Voisiku_vallavalitsus, lk 40
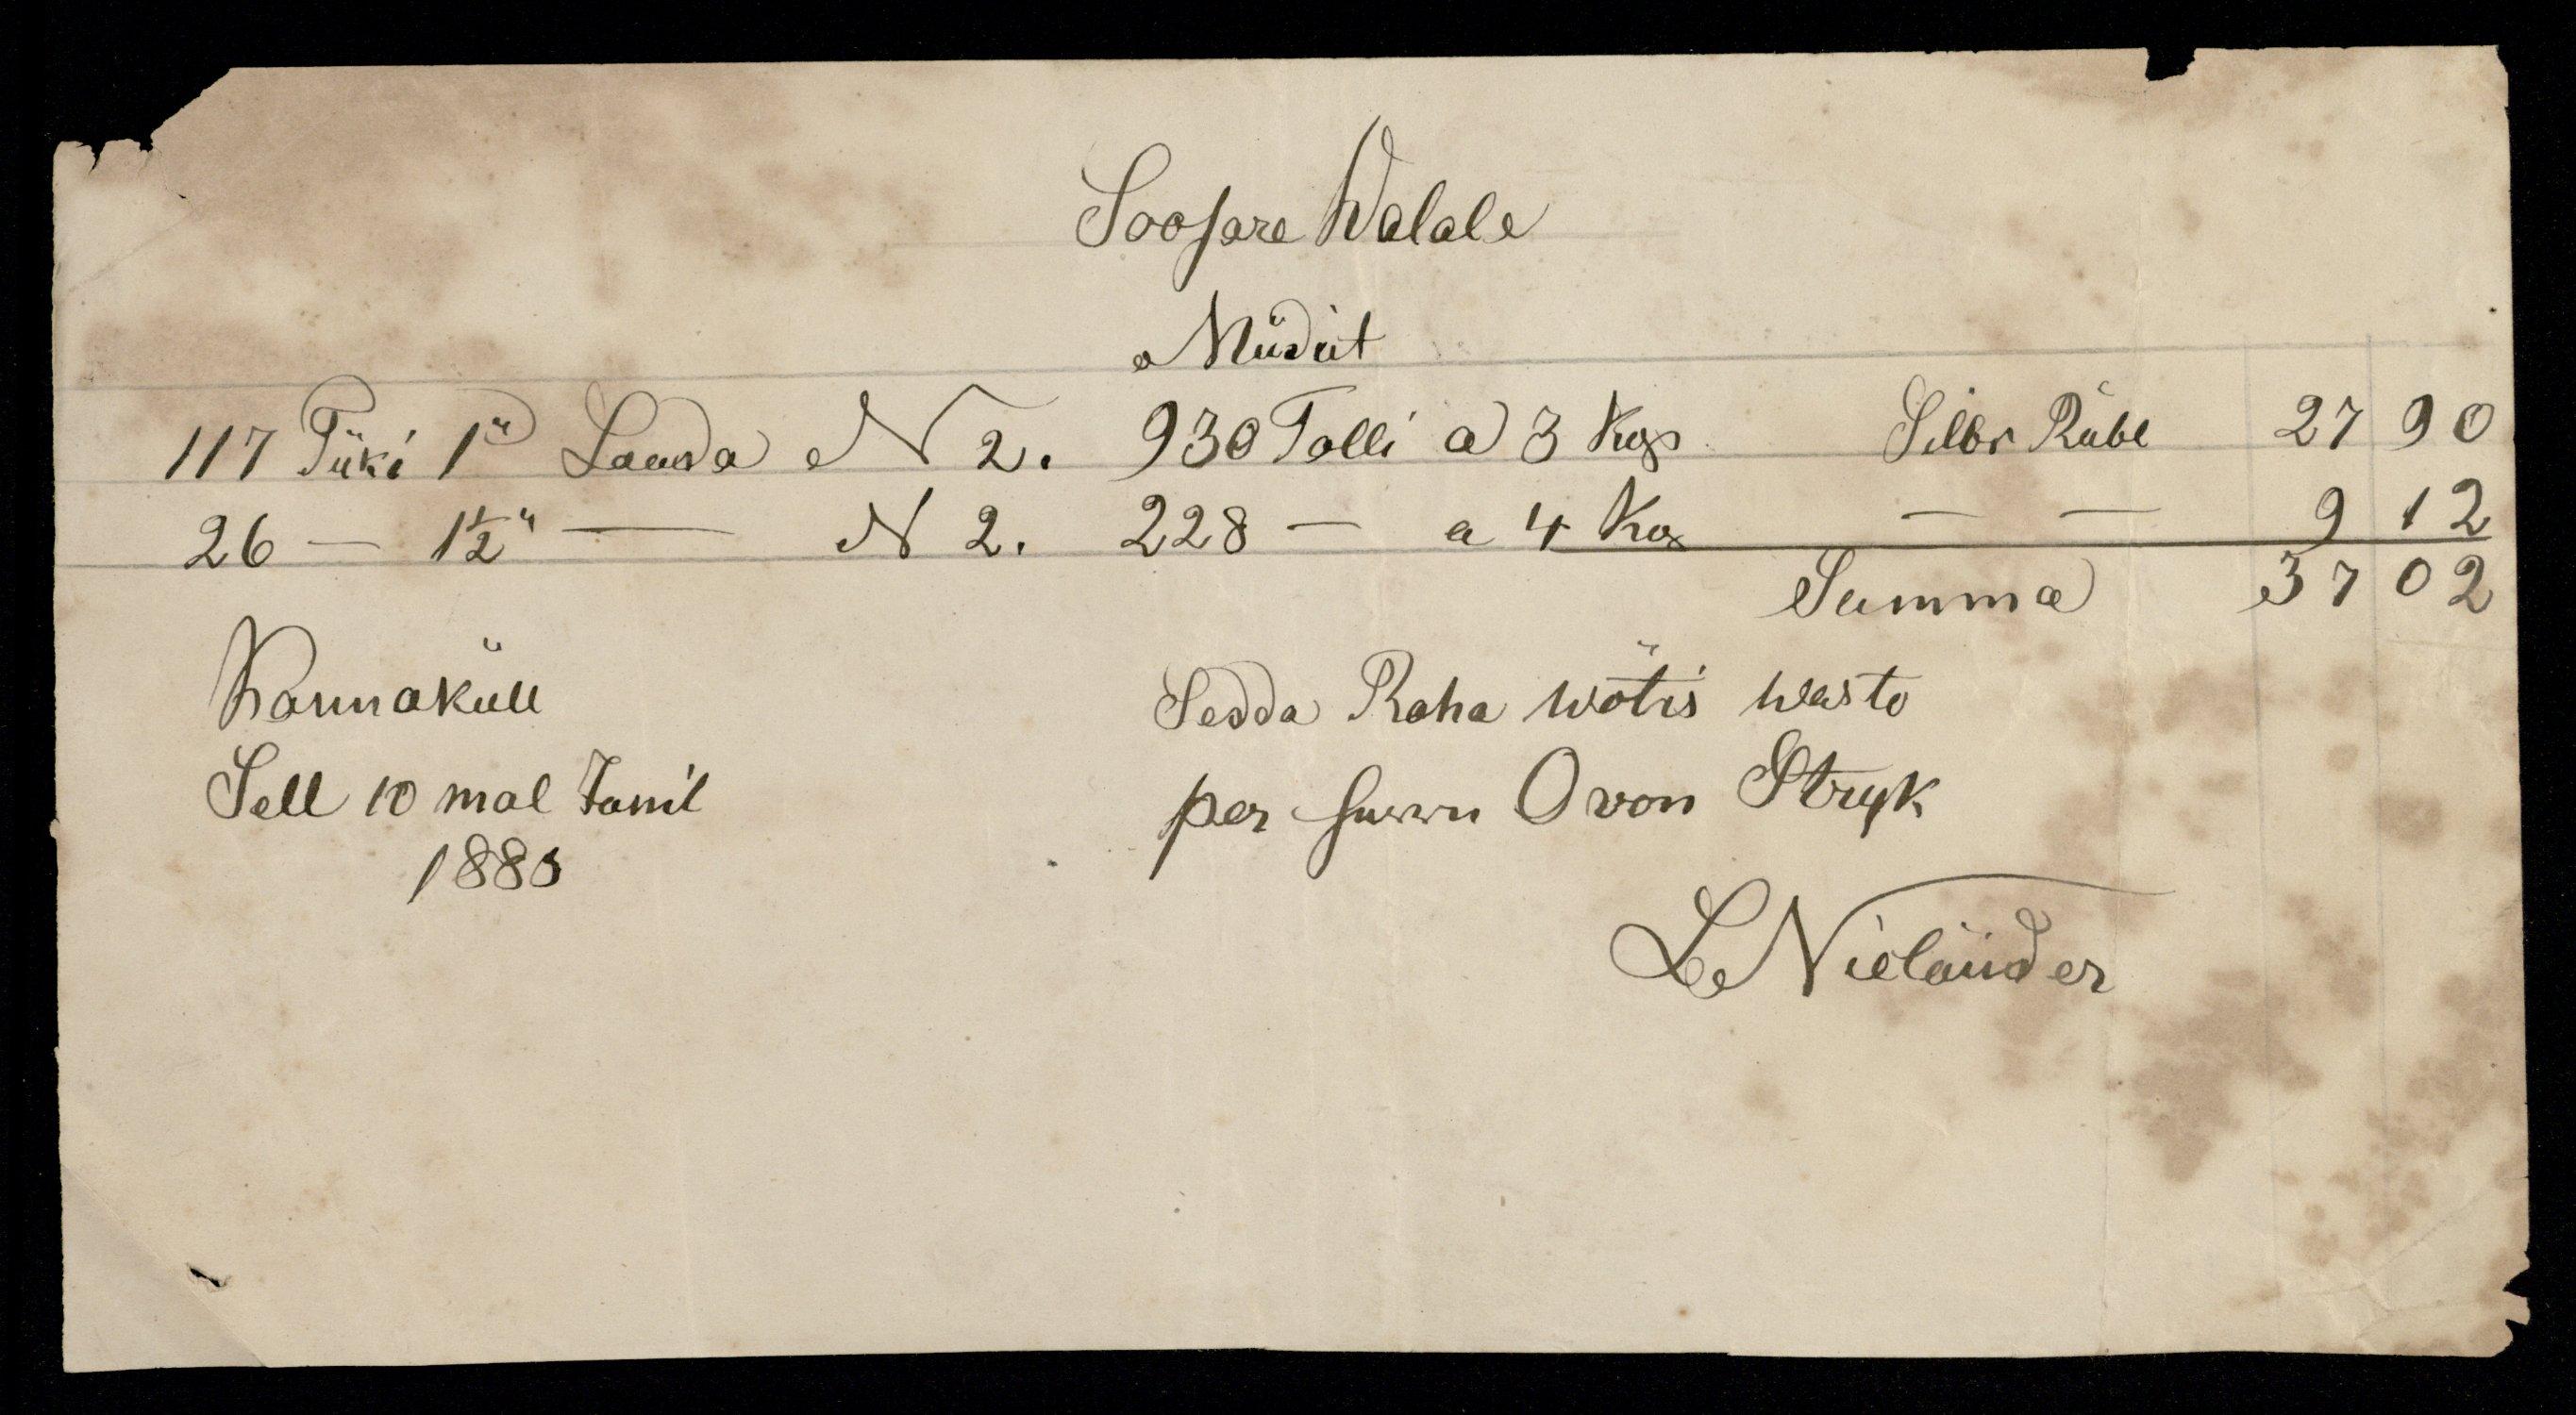
Soosare Walale
Müdut
117 Tüki 1" Lauda N 2. 930 Tolli a 3 kop. Silbr Rubl 27 90
26 - 1 1/2" - N 2. 228 - a 4 kop - - 9 12
Summa 37 02
Rannaküll
Sedda Raha wõtis wasto
Sell 10mal Junil
per Herrn O von Stryk
1885
LNieländer